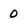
Character: 0